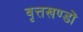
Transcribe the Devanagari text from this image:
वृत्तखण्डों